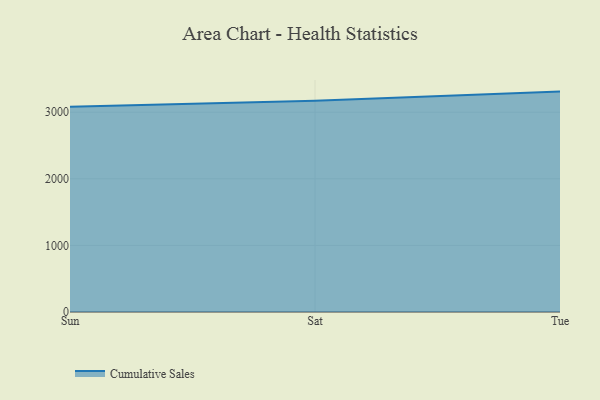
{"axis": {"x": "Day", "y": "Headcount"}, "legend": ["Cumulative Sales"], "data": [{"x": "Sun", "y": 3081.8, "type": "Cumulative Sales"}, {"x": "Sat", "y": 3173.9, "type": "Cumulative Sales"}, {"x": "Tue", "y": 3309.5, "type": "Cumulative Sales"}]}